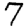
Digit: 7